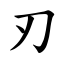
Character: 刃